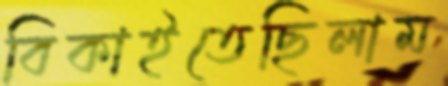
বিকাইতেছিলাম